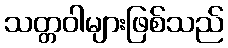
သတ္တဝါများဖြစ်သည်